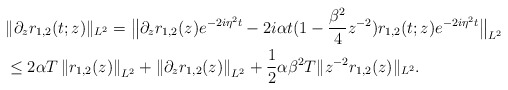
\begin{align*}& \|\partial_{z} r_{1,2}(t;z) \|_{L^2} = \big\| \partial_{z} r_{1,2}( z)e^{-2i\eta^2 t} - 2i\alpha t (1 -\frac{\beta^2}{4}z^{-2}) r_{1,2}(t;z) e^{-2i\eta^2 t}\big\|_{L^2} \\&\leq 2\alpha T \left\| r_{1,2}( z)\right\|_{L^2}+\left\|\partial_{z} r_{1,2}( z)\right\|_{L^2} + \frac{1}{2} \alpha\beta^2 T \| z^{-2} r_{1,2}( z) \|_{L^2}.\end{align*}